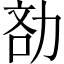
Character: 𠡧